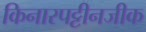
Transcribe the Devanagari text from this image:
किनारपट्टीनजीक